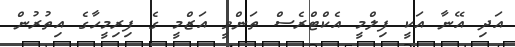
އަދި އޭނާ އަކީ ފިލްމީ އެކްޓްރެސް ތަންވީ އަޒްމީ ގެ ފިރިމީހާގެ އިތުރުން